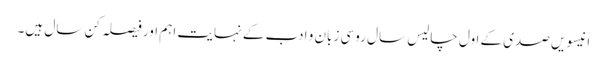
انیسویں صدی کے اول چالیس سال روسی زبان و ادب کے نہایت اہم اور فیصلہ کن سال ہیں۔